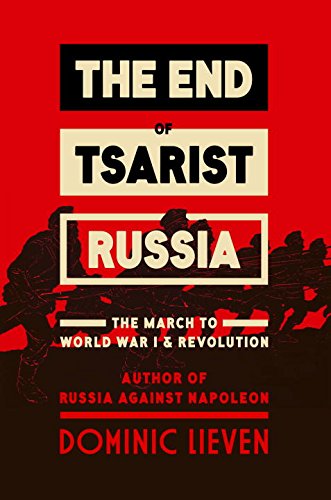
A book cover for The End of Tsarist Russia: The March to World War I and Revolution; Dominic Lieven; History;